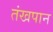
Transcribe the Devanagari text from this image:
तंखपान